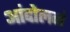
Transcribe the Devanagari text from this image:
आंदोलनं